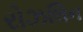
રોઝલિન